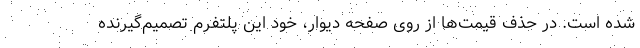
شده است. در حذف قیمت‌ها از روی صفحه دیوار، خود این پلتفرم تصمیم‌گیرنده